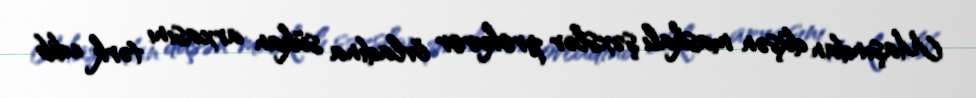
Maşından düşən maskalı şəxslər prokuror övladına sükan arxasını tərk edib